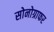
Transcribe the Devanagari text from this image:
सोनोग्राफर